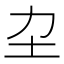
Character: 𡉂